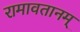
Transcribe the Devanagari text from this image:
रामावतानम्‌